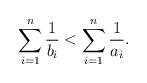
LaTeX: \begin{align*}\sum_{i=1}^{n} \frac{1}{b_i } < \sum_{i=1}^{n} \frac{1}{a_i }. \end{align*}